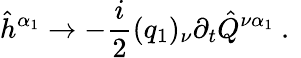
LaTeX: \hat{h}^{\alpha_{1}}\to-\frac{i}{2}(q_{1})_{\nu}\partial_{t}\hat{Q}^{\nu\alpha_{1}}\mathrm{~.~}